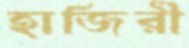
হাজিরী